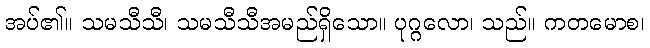
အပ်၏။ သမသီသီ၊ သမသီသီအမည်ရှိသော။ ပုဂ္ဂလော၊ သည်။ ကတမောစ၊